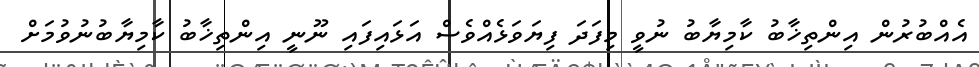
އެއްބުރުން އިންތިޚާބު ކާމިޔާބު ނުވީ މިފަދަ ފިޔަވަޅެއްވެސް އަަޅައިފައި ނޫނީ އިންތިޚާބު ކާމިޔާބުނުވުމަށް